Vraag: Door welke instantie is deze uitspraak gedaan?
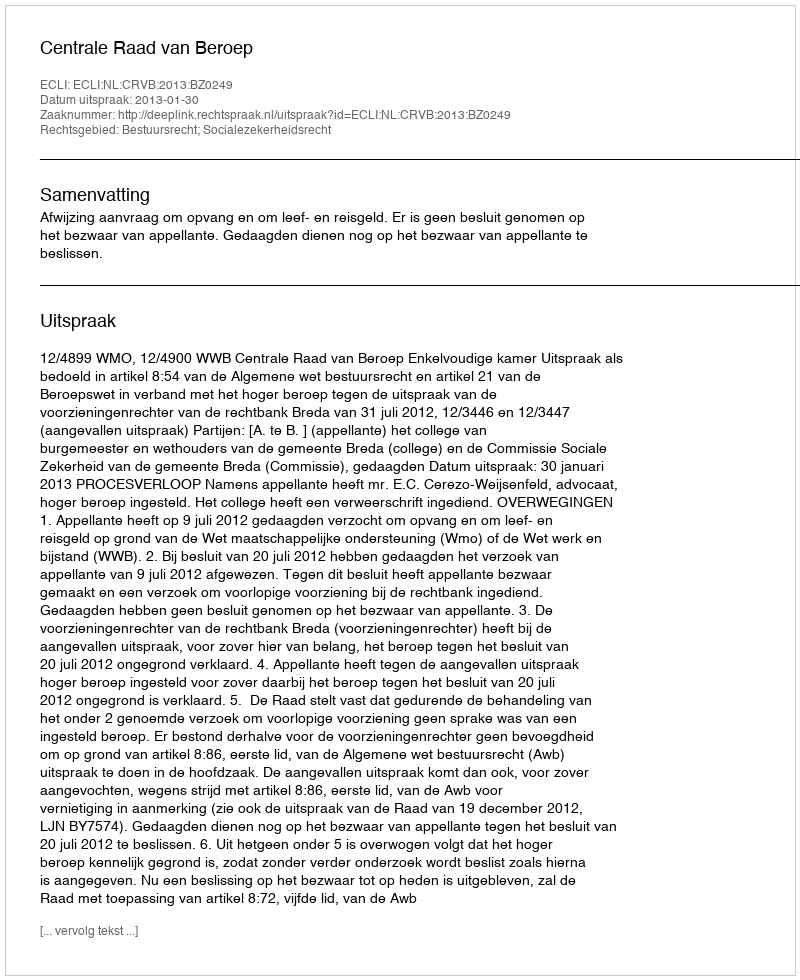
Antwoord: Centrale Raad van Beroep